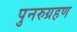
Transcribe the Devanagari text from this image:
पुनरुग्रहण